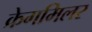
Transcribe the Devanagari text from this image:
क्रेगमिलर